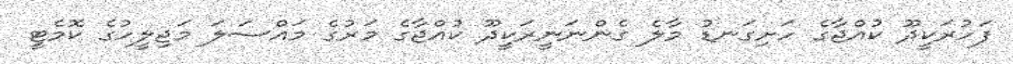
ފަހުރަކީދޫ ކުއްޖާގެ ހަށިގަނޑު މާލެ ގެންނަނީރަކީދޫ ކުއްޖާގެ މަރުގެ މައްސަލަ މަޖިލީހުގެ ކޮމެޓީ